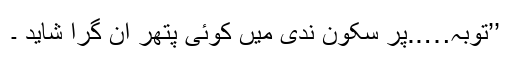
’’توبہ…..پر سکون ندی میں کوئی پتھر آن گرا شاید ۔